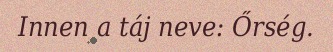
Innen a táj neve: Őrség.